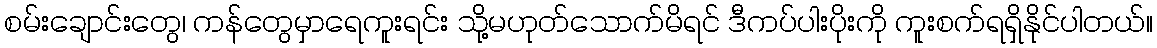
စမ်းချောင်းတွေ၊ ကန်တွေမှာရေကူးရင်း သို့မဟုတ်သောက်မိရင် ဒီကပ်ပါးပိုးကို ကူးစက်ရရှိနိုင်ပါတယ်။